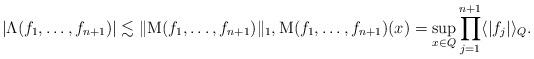
LaTeX: \begin{align*}|\Lambda(f_1, \ldots, f_{n+1} ) | \lesssim \|\mathrm{M}(f_1,\ldots, f_{n+1})\|_{1}, \mathrm{M}(f_1,\ldots, f_{n+1})(x) = \sup_{x\in Q } \prod_{j=1}^{n+1}\langle |f_j| \rangle_Q.\end{align*}